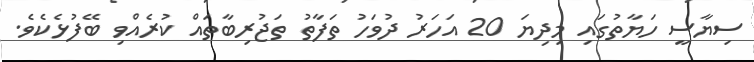
ސިޔާސީ ހަޔާތުގައި މިދިޔަ 20 އަހަރު ދުވަހު ތަފާތު ތަޖުރިބާތައް ކުރެއްވި ބޭފުޅެކެވެ.